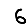
Digit: 6